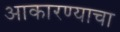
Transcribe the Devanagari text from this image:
आकारण्याचा